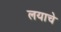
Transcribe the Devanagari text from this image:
लयाचे